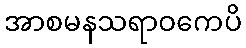
အာစမနသရာဝကေပိ